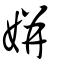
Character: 姘